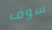
سوف